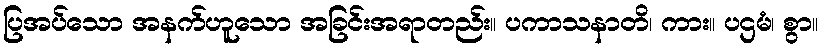
ပြအပ်သော အနက်ဟူသော အခြင်းအရာတည်း။ ပကာသနာတိ၊ ကား။ ပဌမံ၊ စွာ။